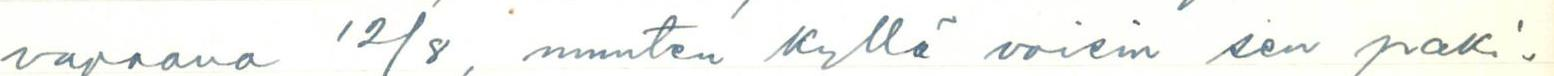
vapaana 12/8, muuten kyllä voisin sen paki-